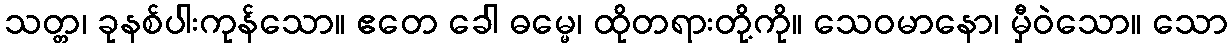
သတ္တ၊ ခုနစ်ပါးကုန်သော။ ဧတေ ခေါ ဓမ္မေ၊ ထိုတရားတို့ကို။ သေဝမာနော၊ မှီဝဲသော။ သော